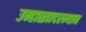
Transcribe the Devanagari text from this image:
उन्हाळ्यादरम्यान